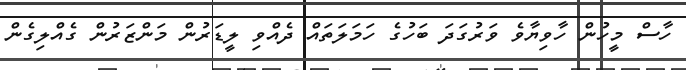
ހާސް މީހުން ހާވިޔާވެ ވަރުގަދަ ބަހުގެ ހަމަލަތައް ދެއްވި ލީޑަރުން މަންޒަރުން ގެއްލިގެން